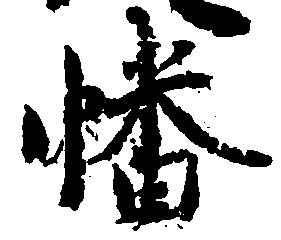
幡